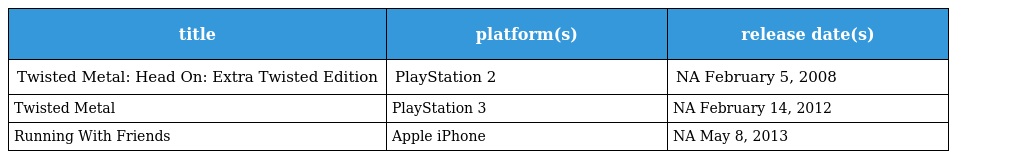
| title | platform(s) | release date(s) |
 | --- | --- | --- |
 | Twisted Metal: Head On: Extra Twisted Edition | PlayStation 2 | NA February 5, 2008 |
 | Twisted Metal | PlayStation 3 | NA February 14, 2012 |
 | Running With Friends | Apple iPhone | NA May 8, 2013 |